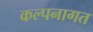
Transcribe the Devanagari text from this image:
कल्पनागत